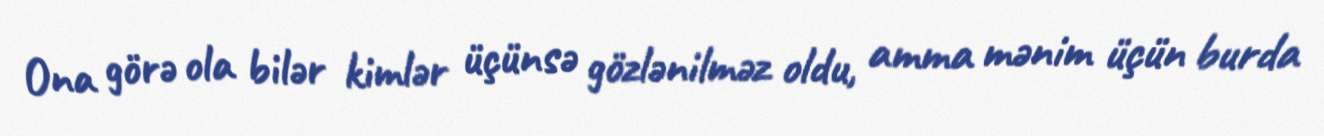
Ona görə ola bilər kimlər üçünsə gözlənilməz oldu, amma mənim üçün burda